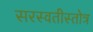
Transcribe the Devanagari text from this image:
सरस्वतीस्तोत्र